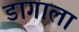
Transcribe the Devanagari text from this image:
डागाला